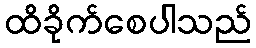
ထိခိုက်စေပါသည်